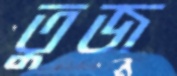
তুজ